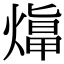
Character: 𤎙